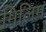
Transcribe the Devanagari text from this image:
मिलिम